Civil Veterinary Dept. Bombay admin report 1914-1922 - 1914-1922
Year: 1914
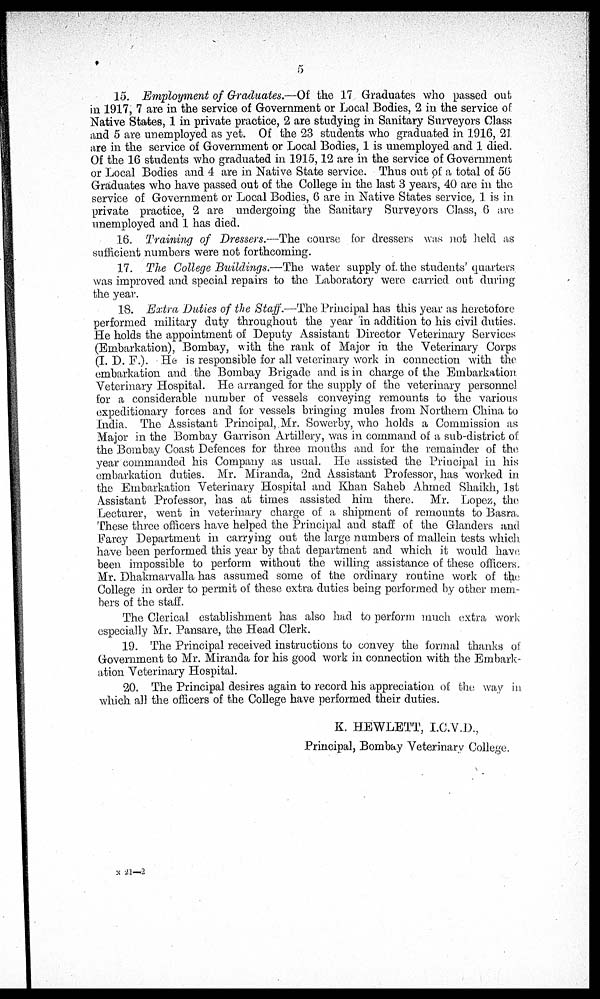
5
15. Employment of Graduates.—Of the 17 Graduates who passed out
in 1917, 7 are in the service of Government or Local Bodies, 2 in the service of
Native States, 1 in private practice, 2 are studying in Sanitary Surveyors Class
and 5 are unemployed as yet. Of the 23 students who graduated in 1916, 21
are in the service of Government or Local Bodies, 1 is unemployed and 1 died.
Of the 16 students who graduated in 1915,12 are in the service of Government
or Local Bodies and 4 are in Native State service. Thus out of a total of 56
Graduates who have passed out of the College in the last 3 years, 40 are in the
service of Government or Local Bodies, 6 are in Native States service, 1 is in
private practice, 2 are undergoing the Sanitary Surveyors Class, 6 are
unemployed and 1 has died.
16. Training of Dressers.—The course for dressers was not held as
sufficient numbers were not forthcoming.
17. The College Buildings.—The water supply of. the students'quarters
was improved and special repairs to the Laboratory were carried out during
the year.
18. Extra Duties of the Staff.—The Principal has this year as heretofore
performed military duty throughout the year in addition to his civil duties.
He holds the appointment of Deputy Assistant Director Veterinary Services
(Embarkation), Bombay, with the rank of Major in the Veterinary Corps
(I. D. F.). He is responsible for all veterinary work in connection with the
embarkation and the Bombay Brigade and is in charge of the Embarkation
Veterinary Hospital. He arranged for the supply of the veterinary personnel
for a considerable number of vessels conveying remounts to the various
expeditionary forces and for vessels bringing mules from Northern China to
India. The Assistant Principal, Mr. Sowerby, who holds a Commission as
Major in the Bombay Garrison Artillery, was in command of a sub-district of
the Bombay Coast Defences for three months and for the remainder of the
year commanded his Company as usual. He assisted the Principal in his
embarkation duties. Mr. Miranda, 2nd Assistant Professor, has worked in
the Embarkation Veterinary Hospital and Khan Saheb Ahmed Shaikh, 1st
Assistant Professor, has at times assisted him there. Mr. Lopez, the
Lecturer, went in veterinary charge of a shipment of remounts to Basra.
These three officers have helped the Principal and staff of the Glanders and
Farcy Department in carrying out the large numbers of mallein tests which
have been performed this year by that department and which it would have
been impossible to perform without the willing assistance of these officers.
Mr. Dhakmarvalla has assumed some of the ordinary routine work of the
College in order to permit of these extra duties being performed by other mem-
bers of the staff.
The Clerical establishment has also had to perform much extra work
especially Mr. Pansare, the Head Clerk.
19. The Principal received instructions to convey the formal thanks of
Government to Mr. Miranda for his good work in connection with the Embark-
ation Veterinary Hospital.
20. The Principal desires again to record his appreciation of the way in
which all the officers of the College have performed their duties.
K. HEWLETT, I.C.V.D.,
Principal, Bombay Veterinary College.
N 21—2